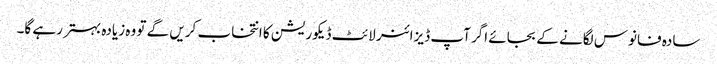
سادہ فانوس لگانے کے بجائے اگر آپ ڈیزائنر لائٹ ڈیکوریشن کا انتخاب کریں گے تو وہ زیادہ بہتر رہے گا۔